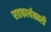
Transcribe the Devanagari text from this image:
सहकार्यकारी